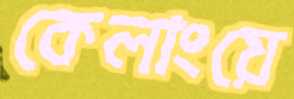
কেলাংয়ে